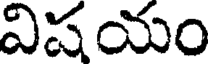
విషయం